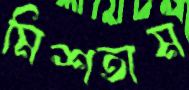
মিশতাম